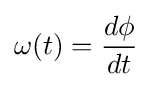
\omega (t)={\frac {d\phi }{dt}}